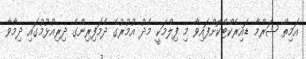
އަމިތް ޝަރްމާ ޑައިރެކްޓްކޮށްފައިވާ މި ފިލްމަކީ މެދު އުމުރުގެ ދެމަފިރިންގެ ދިރިއުޅުމުގައި ދިމާވާ